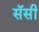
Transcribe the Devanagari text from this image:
सॅसी